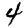
Digit: 4